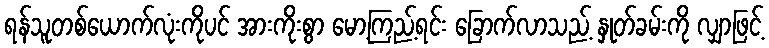
ရန်သူတစ်ယောက်လုံးကိုပင် အားကိုးစွာ မော့ကြည့်ရင်း ခြောက်လာသည့် နှုတ်ခမ်းကို လျှာဖြင့်